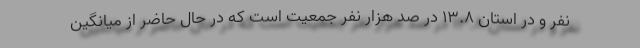
نفر و در استان ۱۳.۸ در صد هزار نفر جمعیت است که در حال حاضر از میانگین